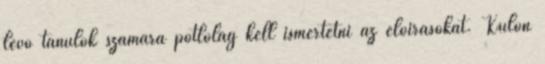
lévő tanulók számára pótlólag kell ismertetni az előírásokat. Külön